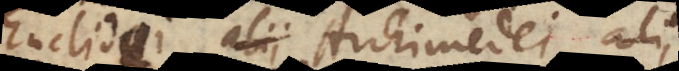
Euclidei, alii Archimedei, alii